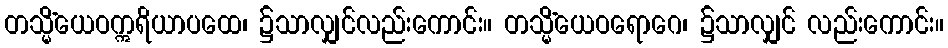
တသ္မိံယေဝဣရိယာပထေ၊ ၌သာလျှင်လည်းကောင်း။ တသ္မိံယေဝရောဂေ၊ ၌သာလျှင် လည်းကောင်း။